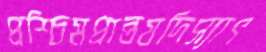
প্রশ্চিমপ্রান্তযদিস্যাৎ